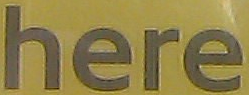
here